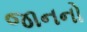
જાનનો